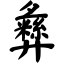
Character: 彝